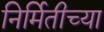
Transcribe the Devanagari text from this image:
निर्मितीच्‍या